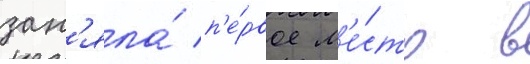
зан'яла́ п'е́рвое м'е́сто в